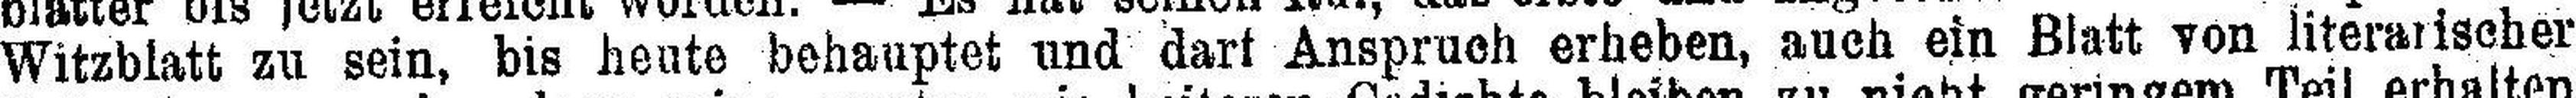
Witzblatt zu sein, bis heute behauptet und darf Anspruch erheben, auch ein Blatt von literarischer